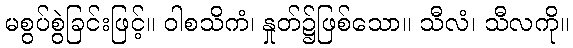
မစွပ်စွဲခြင်းဖြင့်။ ဝါစသိကံ၊ နှုတ်၌ဖြစ်သော။ သီလံ၊ သီလကို။